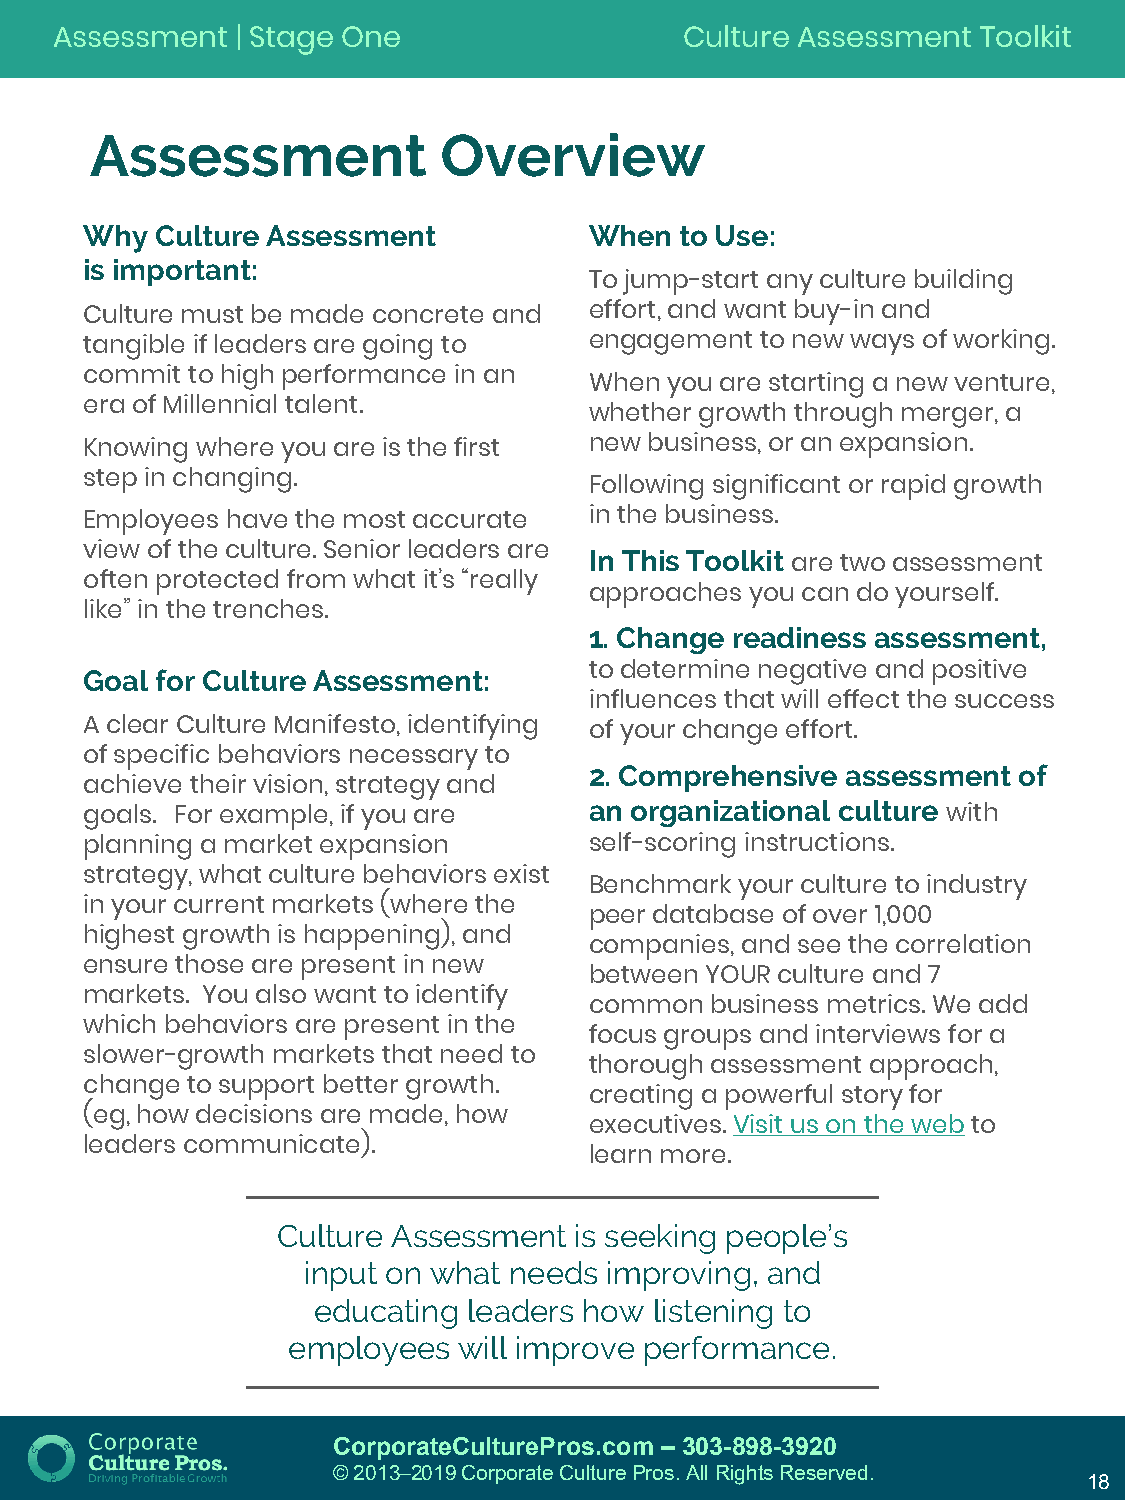
Assessment   | Stage One                  Culture Assessment  Toolkit
 Assessment             Overview
 Why Culture Assessment           When  to Use:
 is important:
 To jump-start any culture building
 Culture must be made concrete and effort, and want buy-in and
 tangible if leaders are going to engagement to new ways of working.
 commit to high performance in an
 When you are starting a new venture,
 era of Millennial talent.
 whether growth through merger, a
 Knowing where you are is the first new business, or an expansion.
 step in changing.
 Following significant or rapid growth
 Employees have the most accurate in the business.
 view of the culture. Senior leaders are In This Toolkit
 are two assessment
 often protected from what it’s “really
 approaches you can do yourself.
 like” in the trenches.
 1. Change readiness assessment,
 Goal for Culture Assessment:     to determine negative and positive
 influences that will effect the success
 A clear Culture Manifesto, identifying of your change effort.
 of specific behaviors necessary to
 2. Comprehensive assessment of
 achieve their vision, strategy and
 an organizational culture
 goals. For example, if you are                           with
 planning a market expansion      self-scoring instructions.
 strategy, what culture behaviors exist
 Benchmark your culture to industry
 in your current markets (where the
 peer database of over 1,000
 highest growth is happening), and
 companies, and see the correlation
 ensure those are present in new
 between YOUR culture and 7
 markets. You also want to identify
 common  business metrics. We add
 which behaviors are present in the
 focus groups and interviews for a
 slower-growth markets that need to
 thorough assessment approach,
 change to support better growth.
 creating a powerful story for
 (eg, how decisions are made, how
 executives. Visit us on the web to
 leaders communicate).
 learn more.
 Culture Assessment  is seeking people’s
 input on what needs improving, and
 educating leaders how listening to
 employees  will improve performance.
 CorporateCulturePros.com – 303-898-3920
 © 2013─2019 Corporate Culture Pros. All Rights Reserved.
 18